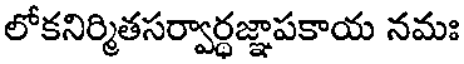
లోకనిర్మితసర్వార్ధజ్ఞాపకాయ నమః